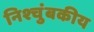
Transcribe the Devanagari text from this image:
निश्चुंबकीय